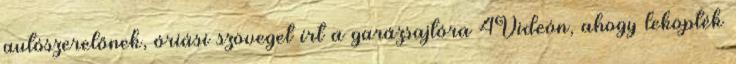
autószerelőnek, óriási szöveget írt a garázsajtóra 4Videón, ahogy leköpték